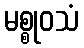
မစ္စုဝသံ